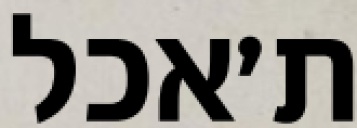
ת׳אכל